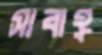
সাবাহ্র